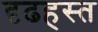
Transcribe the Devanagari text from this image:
दृढहस्त